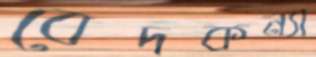
বেদকন্যা